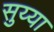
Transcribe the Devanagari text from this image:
सुय्या